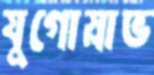
যুগোস্লাভ